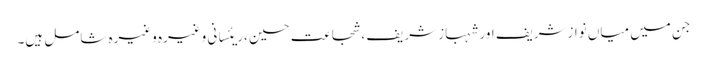
جن میں میاں نوازشریف اور شہباز شریف ،شجاعت حسین ،ریئسانی وغیرہ وغیرہ شامل ہیں۔